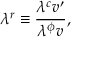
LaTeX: \lambda ^ { r } \equiv \frac { \lambda ^ { c } v ^ { \prime } } { \lambda ^ { \phi } v } ,